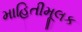
માહિતીમૂલક